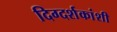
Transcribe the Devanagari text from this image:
दिग्दर्शकांशी